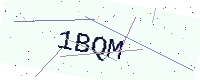
Text: 1BQM